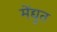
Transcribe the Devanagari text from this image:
मेंद्युत